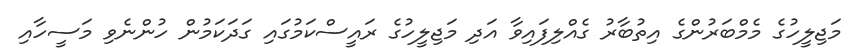
މަޖިލީހުގެ މެމްބަރުންގެ އިތުބާރު ގެއްލިފައިވާ އަދި މަޖިލީހުގެ ރައީސްކަމުގައި ގަދަކަމުން ހުންނެވި މަސީހާއި